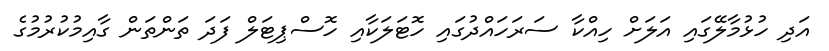
އަދި ހުޅުމާލޭގައި އަލަށް ހިއްކާ ސަރަހައްދުގައި ހޮޓަލަކާއި ހޮސްޕިޓަލް ފަދަ ތަންތަން ގާއިމުކުރުމުގެ